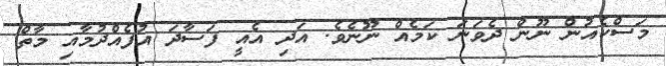
މަސްކެއުން ނޫން ދެވަނަ ކަމެއް ނޫނެވެ. އަދި އެއީ ފަސާދަ އުފެއްދުމާއި މާތް